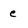
Character: e